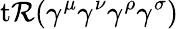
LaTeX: \operatorname{t\mathcal{R}}(\gamma^{\mu}\gamma^{\nu}\gamma^{\rho}\gamma^{\sigma})